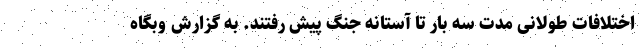
اختلافات طولانی مدت سه بار تا آستانه جنگ پیش رفتند. به گزارش وبگاه